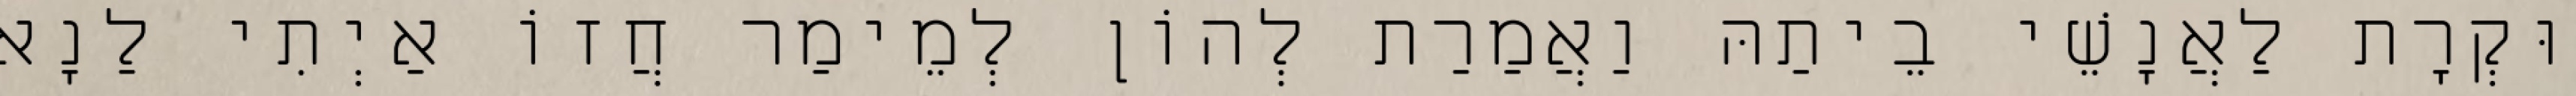
וּקְרָת לַאֲנָשֵׁי בֵיתַהּ וַאֲמַרַת לְהוֹן לְמֵימַר חֲזוֹ אַיְתִי לַנָא